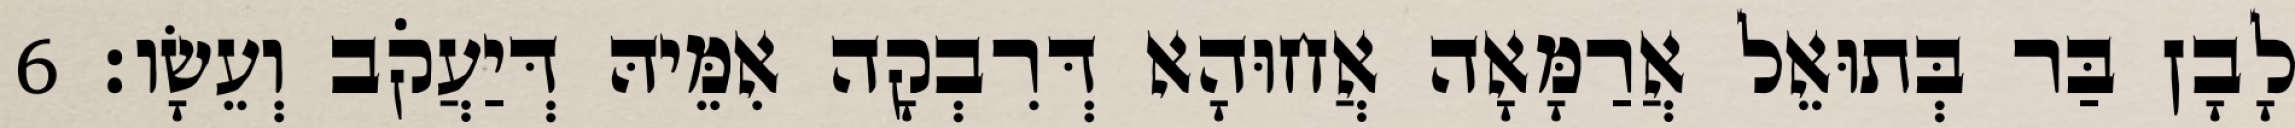
לָבָן בַּר בְּתוּאֵל אֲרַמָּאָה אֲחוּהָא דְּרִבְקָה אִמֵּיהּ דְּיַעֲקֹב וְעֵשָׂו׃ 6